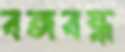
বঙ্গবন্ধ